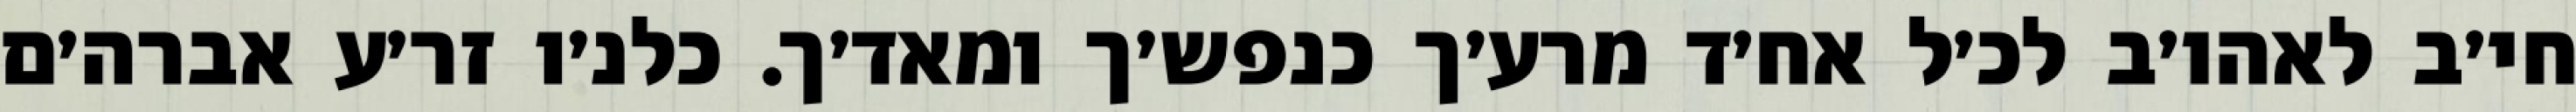
חי׳ב לאהו׳ב לכ׳ל אח׳ד מרע׳ך כנפש׳ך ומאד׳ך. כלנ׳ו זר׳ע אברה׳ם